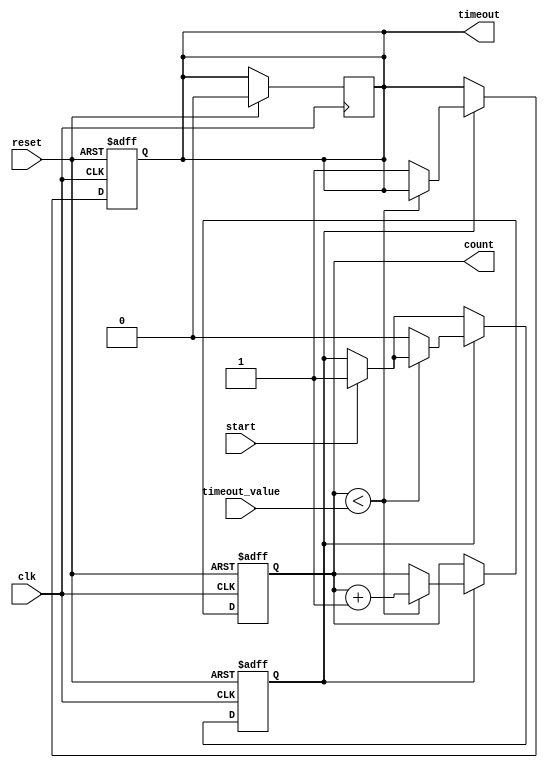
module timeout_counter #(
    parameter COUNTER_WIDTH = 8 // Parameter to define the width of the counter
)(
    input wire clk,               // Clock input
    input wire reset,             // Asynchronous active-high reset
    input wire start,             // Active-high signal to start counting
    input wire [COUNTER_WIDTH-1:0] timeout_value, // Timeout value in clock cycles
    output reg timeout,           // Active-high timeout signal
    output reg [COUNTER_WIDTH-1:0] count // Current count value
);

    // State to indicate if counting is active
    reg counting;

    // Synchronous reset and counting logic
    always @(posedge clk or posedge reset) begin
        if (reset) begin
            count <= 0;            // Reset count to zero
            timeout <= 0;          // Clear timeout signal
            counting <= 0;         // Stop counting
        end else begin
            if (start) begin
                counting <= 1;      // Start counting when start signal is high
            end
            
            if (counting) begin
                if (count < timeout_value) begin
                    count <= count + 1; // Increment count
                end else begin
                    timeout <= 1;      // Set timeout signal
                    counting <= 0;     // Stop counting
                end
            end
        end
    end

    // Logic to clear timeout signal when reset is asserted
    always @(posedge clk) begin
        if (reset) begin
            timeout <= 0; // Clear timeout signal on reset
        end else if (counting == 0 && count == timeout_value) begin
            // Timeout signal remains high until reset
        end
    end

endmodule